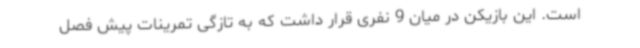
است. این بازیکن در میان 9 نفری قرار داشت که به تازگی تمرینات پیش فصل